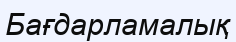
Бағдарламалық